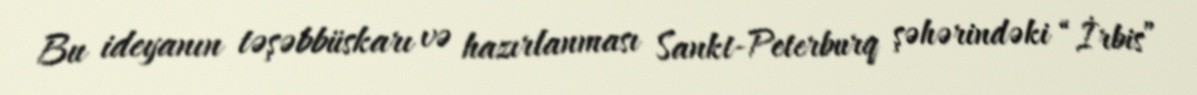
Bu ideyanın təşəbbüskarı və hazırlanması Sankt-Peterburq şəhərindəki “İrbis”